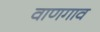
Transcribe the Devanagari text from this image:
वाणगाव